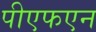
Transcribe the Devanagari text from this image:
पीएफएन